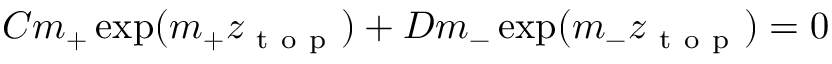
C m _ { + } \exp ( m _ { + } z _ { \mathrm { ~ t ~ o ~ p ~ } } ) + D m _ { - } \exp ( m _ { - } z _ { \mathrm { ~ t ~ o ~ p ~ } } ) = 0